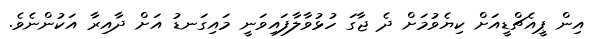
އިން ޕީއެޗްޑީއަށް ކިޔެވުމަށް ދެ ޖާގަ ހުޅުވާލާފައިވަނީ މައިގަނޑު އަށް ދާއިރާ އަކުންނެވެ.